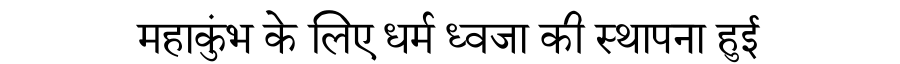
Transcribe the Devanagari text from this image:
महाकुंभ के लिए धर्म ध्वजा की स्थापना हुई